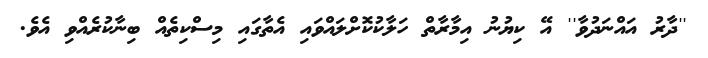
''ދާރު އައްނަދުވާ'' އޭ ކިޔުނު އިމާރާތް ހަލާކުކޮށްލައްވައި އެތާގައި މިސްކިތެއް ބިނާކުރެއްވި އެވެ.